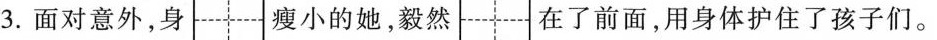
3.面对意外，身 瘦小的她，毅然 在了前面，用身体护住了孩子们。